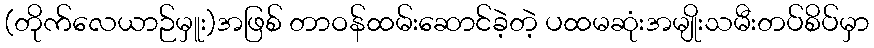
(တိုက်လေယာဉ်မှူး)အဖြစ် တာဝန်ထမ်းဆောင်ခဲ့တဲ့ ပထမဆုံးအမျိုးသမီးတပ်စိပ်မှာ